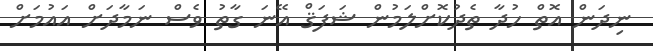
ނިދަން އޮތް ހުދާ ތެދުކޮށްލަމުން ޝަފަޤް އޭނަ ގާތު ވެސް ނަމާދަށް އައުމަށް